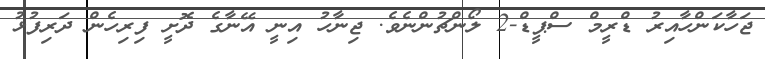
ޖަހާކަންހާއިރު ޑްރީމް ސްޕީޑް-2 ލޯންޗުންނެވެ. ޖިނާހު އިނީ އޭނާގެ ދޮށީ ފިރިހެން ދަރިފުޅު